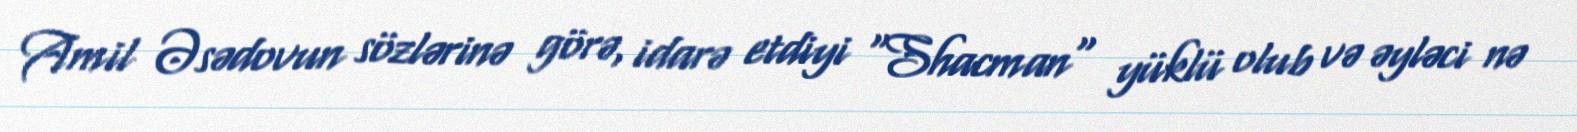
Amil Əsədovun sözlərinə görə, idarə etdiyi "Shacman" yüklü olub və əyləci nə